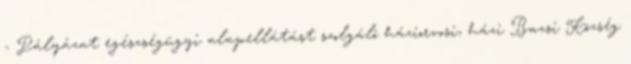
- Pályázat egészségügyi alapellátást szolgáló háziorvosi, házi Bazsi Község